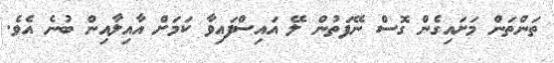
ތަންތަން މަށައިގެން ގޮސް ނޭފަތުން ލޭ އައިސްފައިވާ ކަމަށް އާއިލާއިން ބުނެ އެވެ.